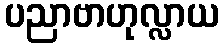
ပညာဗာဟုလ္လာယ